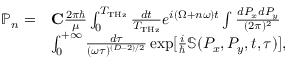
\begin{array} { r l } { \mathbb { P } _ { n } = } & { { \bf C } \frac { 2 \pi \hbar } { \mu } \int _ { 0 } ^ { T _ { \mathrm { T H z } } } \frac { d t } { T _ { \mathrm { T H z } } } e ^ { i ( \Omega + n \omega ) t } \int \frac { d P _ { x } d P _ { y } } { ( 2 \pi ) ^ { 2 } } } \\ & { \int _ { 0 } ^ { + \infty } \frac { d \tau } { ( \omega \tau ) ^ { ( D - 2 ) / 2 } } \exp [ { \frac { i } { \hbar } \mathbb { S } ( P _ { x } , P _ { y } , t , \tau ) } ] , } \end{array}